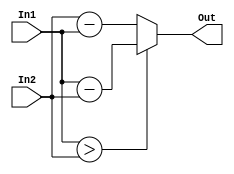
module Diff(     
	input wire 	[7:0]	In1,
	input wire 	[7:0]	In2,
	output wire	[7:0]	Out
);
	always @(*) 
		if (In1 > In2 )
			Out = In1 - In2;
		else
			Out = In2 - In1;
endmodule